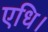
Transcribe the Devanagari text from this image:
एधि।